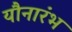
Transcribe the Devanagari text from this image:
यौनारंभ